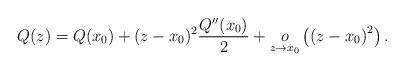
LaTeX: \begin{align*}Q(z)=Q(x_0)+(z-x_0)^2\frac{Q^{\prime \prime}(x_0)}{2}+\underset{z\rightarrow x_0}{o}\left(\left(z-x_0\right)^2\right).\end{align*}